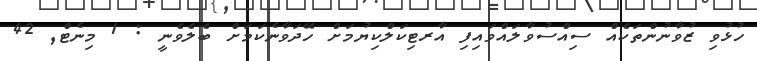
ހުޅުވި ޒުވާނުންތަކެއް ސިއްސުވާލައްވައިފި އާރޓިކަލްކިޔުމަށް ހޭދަވާނެކަމަށް ބެލެވެނީ : 1 މިނެޓް